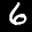
Label: 6